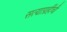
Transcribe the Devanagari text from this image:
सत्याग्रहींची